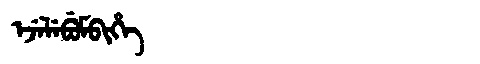
Manchu: ᡝᠵᡝᠯᡝᠪᡠᠮᠪᡳᡥᡝ
Romanization: EJELEBUMBIHE